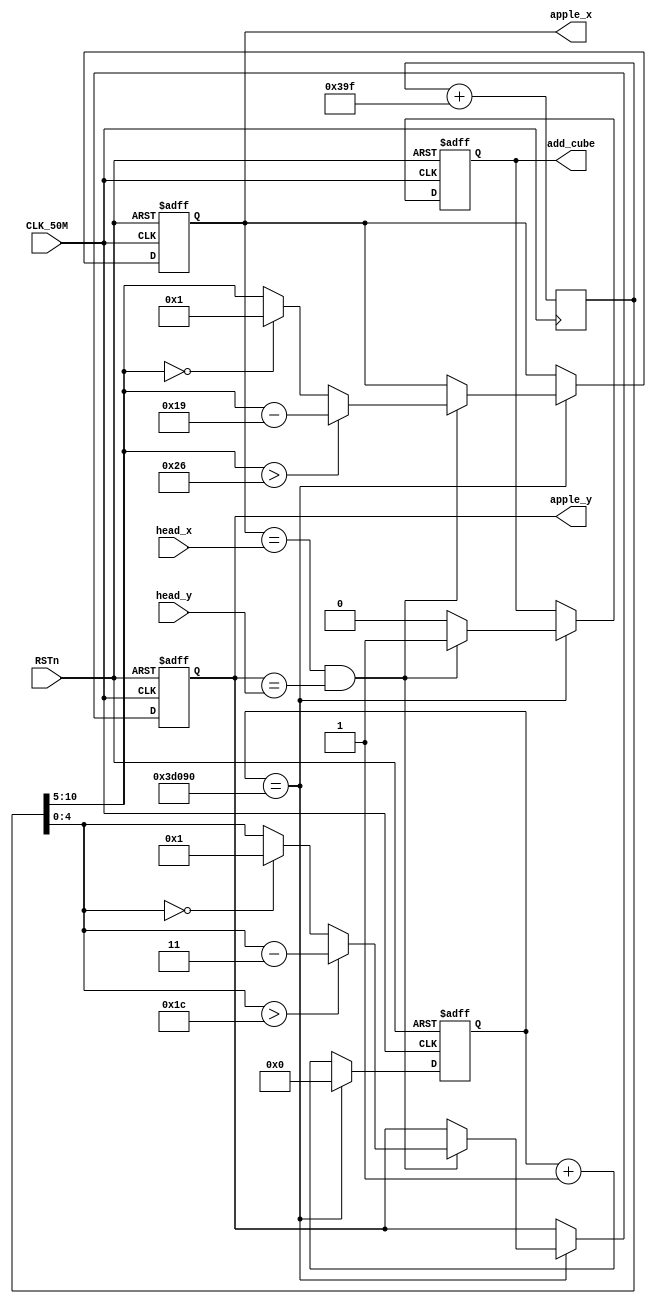
module Snake_Eatting_Apple
(
	input CLK_50M,
	input RSTn,
	
	input [5:0]head_x,
	input [5:0]head_y,
	
	output reg [5:0]apple_x,
	output reg [4:0]apple_y,

	output reg add_cube
);

	reg [31:0]clk_cnt;
	reg [10:0]random_num;
	
	always@(posedge CLK_50M)
		random_num<=random_num+927; 	// generate a random number 
	
	always@(posedge CLK_50M or negedge RSTn)
		begin
			if(!RSTn)
				begin
					clk_cnt<=0;
					
					apple_x<=24;
					apple_y<=10;
					
					add_cube<=0;
				end
			else
				begin
					clk_cnt<=clk_cnt+1;
					if(clk_cnt==250_000)		// adjust this can adjust the speed of generating new apple
						begin
							clk_cnt<=0;
							
							if(apple_x==head_x&&apple_y==head_y)	// eat an apple, generate a new apple and add length of snake
								begin
									add_cube<=1;
									apple_x<=(random_num[10:5]>38)?(random_num[10:5]-25):(random_num[10:5]==0)?1:random_num[10:5];
									apple_y<=(random_num[4:0]>28)?(random_num[4:0]-3):(random_num[4:0]==0)?1:random_num[4:0];
								end
							else
								add_cube<=0;	
						end
				end
			end
	
endmodule